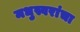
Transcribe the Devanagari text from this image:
मधुस्वरांचा